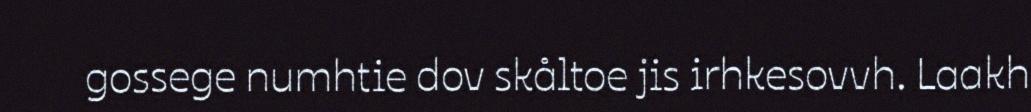
gossege numhtie dov skåltoe jis irhkesovvh. Laakh